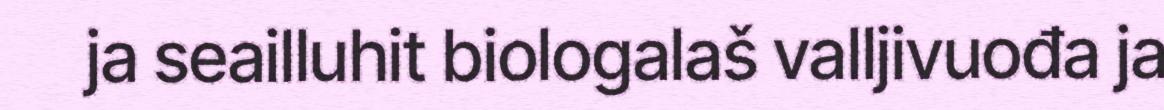
ja seailluhit biologalaš valljivuođa ja